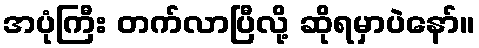
အပုံကြီး တက်လာပြီလို့ ဆိုရမှာပဲနော်။